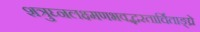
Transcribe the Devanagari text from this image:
शत्रुघ्नलक्ष्मणभवद्भरतार्चिताङ्घ्रे